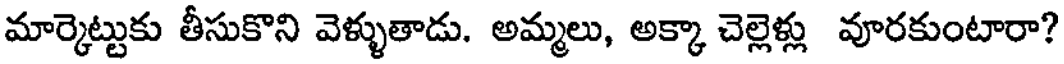
మార్కెట్టుకు తీసుకొని వెళ్ళుతాడు. అమ్మలు, అక్కా చెల్లెళ్లు వూరకుంటారా?